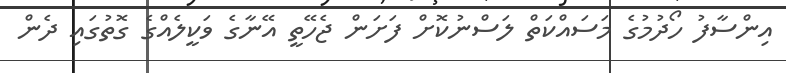
އިންސާފު ހޯދުމުގެ މަސައްކަތް ލަސްނުކޮށް ފަށަން ޖެހޭތީ އޭނާގެ ވަކީލެއްގެ ގޮތުގައި ދެން